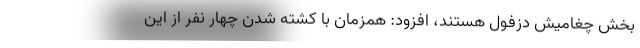
بخش چغامیش دزفول هستند، افزود: همزمان با کشته شدن چهار نفر از این